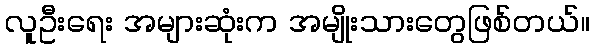
လူဦးရေး အများဆုံးက အမျိုးသားတွေဖြစ်တယ်။